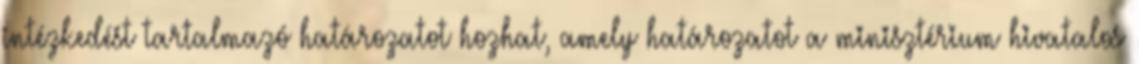
intézkedést tartalmazó határozatot hozhat, amely határozatot a minisztérium hivatalos